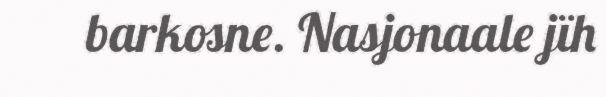
barkosne. Nasjonaale jïh